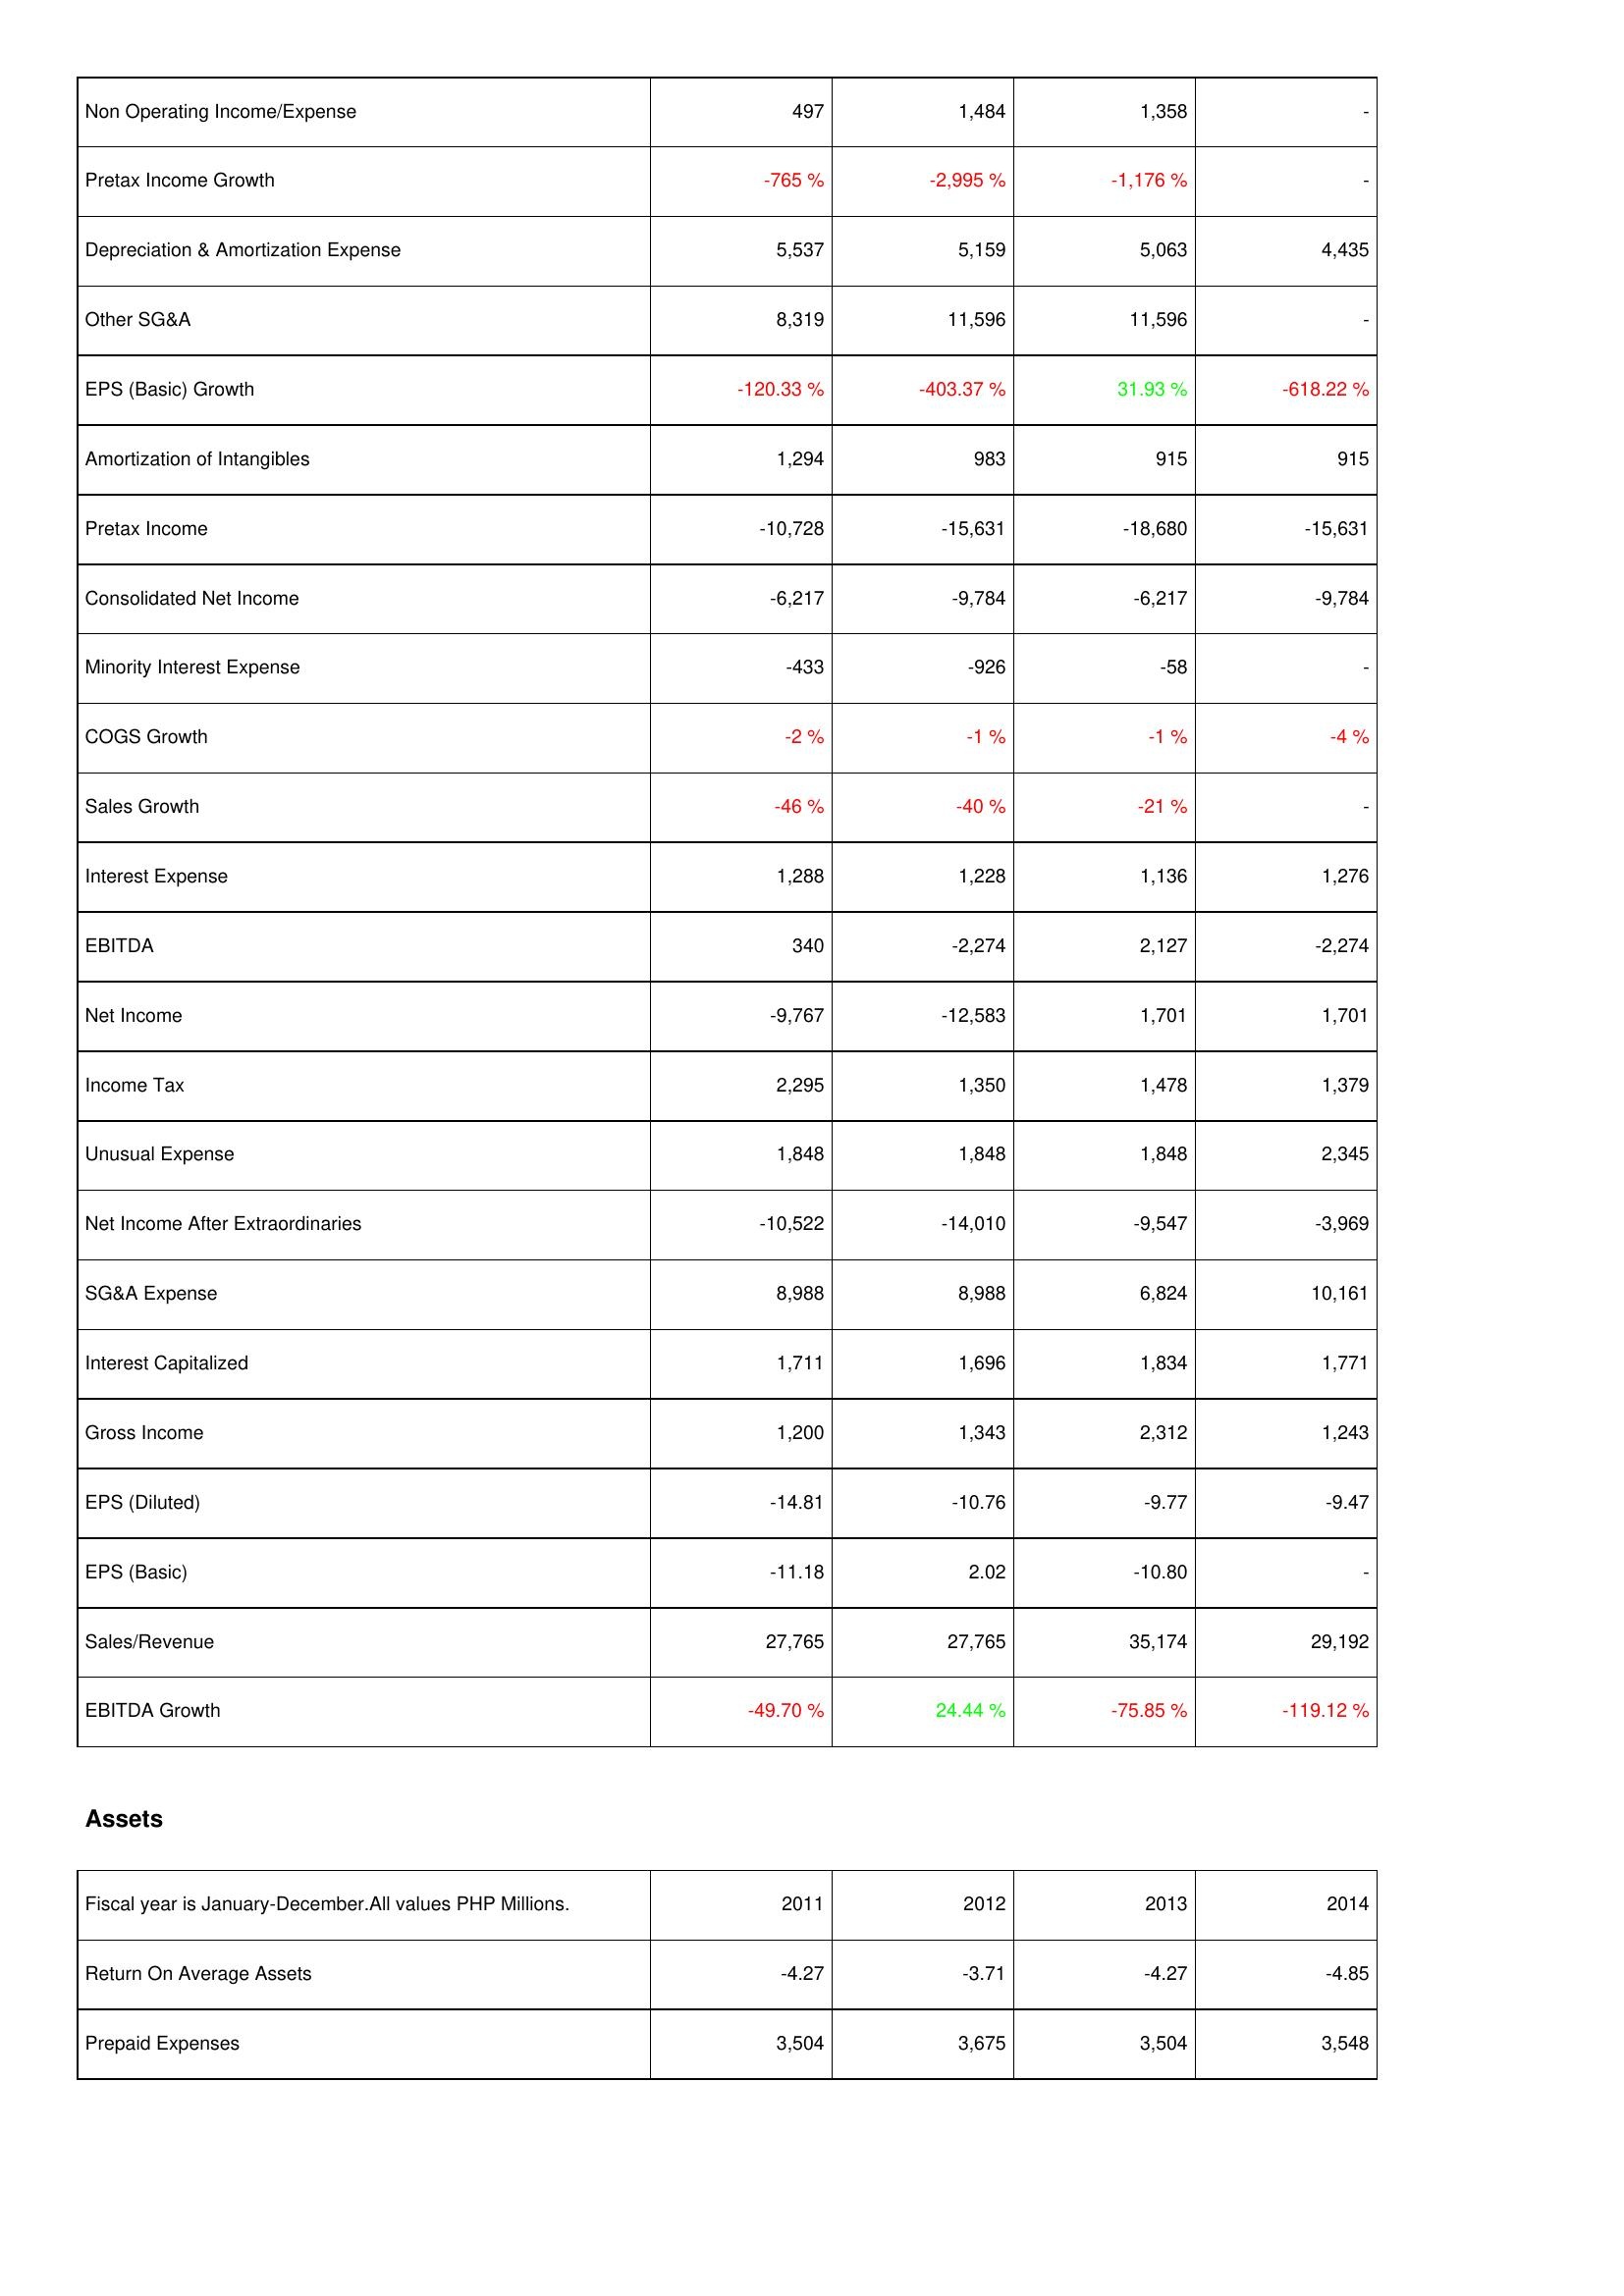
2011: Income Statement: Non Operating Income/Expense: 497
Pretax Income Growth: -765 %
Depreciation & Amortization Expense: 5,537
Other SG&A: 8,319
EPS (Basic) Growth: -120.33 %
Amortization of Intangibles: 1,294
Pretax Income: -10,728
Consolidated Net Income: -6,217
Minority Interest Expense: -433
COGS Growth: -2 %
Sales Growth: -46 %
Interest Expense: 1,288
EBITDA: 340
Net Income: -9,767
Income Tax: 2,295
Unusual Expense: 1,848
Net Income After Extraordinaries: -10,522
SG&A Expense: 8,988
Interest Capitalized: 1,711
Gross Income: 1,200
EPS (Diluted): -14.81
EPS (Basic): -11.18
Sales/Revenue: 27,765
EBITDA Growth: -49.70 %
Assets: Return On Average Assets: -4.27
Prepaid Expenses: 3,504
2012: Income Statement: Non Operating Income/Expense: 1,484
Pretax Income Growth: -2,995 %
Depreciation & Amortization Expense: 5,159
Other SG&A: 11,596
EPS (Basic) Growth: -403.37 %
Amortization of Intangibles: 983
Pretax Income: -15,631
Consolidated Net Income: -9,784
Minority Interest Expense: -926
COGS Growth: -1 %
Sales Growth: -40 %
Interest Expense: 1,228
EBITDA: -2,274
Net Income: -12,583
Income Tax: 1,350
Unusual Expense: 1,848
Net Income After Extraordinaries: -14,010
SG&A Expense: 8,988
Interest Capitalized: 1,696
Gross Income: 1,343
EPS (Diluted): -10.76
EPS (Basic): 2.02
Sales/Revenue: 27,765
EBITDA Growth: 24.44 %
Assets: Return On Average Assets: -3.71
Prepaid Expenses: 3,675
2013: Income Statement: Non Operating Income/Expense: 1,358
Pretax Income Growth: -1,176 %
Depreciation & Amortization Expense: 5,063
Other SG&A: 11,596
EPS (Basic) Growth: 31.93 %
Amortization of Intangibles: 915
Pretax Income: -18,680
Consolidated Net Income: -6,217
Minority Interest Expense: -58
COGS Growth: -1 %
Sales Growth: -21 %
Interest Expense: 1,136
EBITDA: 2,127
Net Income: 1,701
Income Tax: 1,478
Unusual Expense: 1,848
Net Income After Extraordinaries: -9,547
SG&A Expense: 6,824
Interest Capitalized: 1,834
Gross Income: 2,312
EPS (Diluted): -9.77
EPS (Basic): -10.80
Sales/Revenue: 35,174
EBITDA Growth: -75.85 %
Assets: Return On Average Assets: -4.27
Prepaid Expenses: 3,504
2014: Income Statement: Non Operating Income/Expense: -
Pretax Income Growth: -
Depreciation & Amortization Expense: 4,435
Other SG&A: -
EPS (Basic) Growth: -618.22 %
Amortization of Intangibles: 915
Pretax Income: -15,631
Consolidated Net Income: -9,784
Minority Interest Expense: -
COGS Growth: -4 %
Sales Growth: -
Interest Expense: 1,276
EBITDA: -2,274
Net Income: 1,701
Income Tax: 1,379
Unusual Expense: 2,345
Net Income After Extraordinaries: -3,969
SG&A Expense: 10,161
Interest Capitalized: 1,771
Gross Income: 1,243
EPS (Diluted): -9.47
EPS (Basic): -
Sales/Revenue: 29,192
EBITDA Growth: -119.12 %
Assets: Return On Average Assets: -4.85
Prepaid Expenses: 3,548